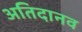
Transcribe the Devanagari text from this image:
अतिदानव